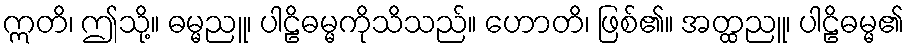
ဣတိ၊ ဤသို့။ ဓမ္မညူ၊ ပါဠိဓမ္မကိုသိသည်။ ဟောတိ၊ ဖြစ်၏။ အတ္ထညူ၊ ပါဠိဓမ္မ၏